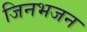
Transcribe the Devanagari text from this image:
जिनभजन